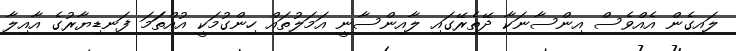
ލައިގެން އެއްވެސް އިންސާނަކާ ދޭތެރޭގައި ލާއިންސާނީ އަމަލުތައް ހިންގުމަކީ އުއްތަަމަ ފަނޑިޔާރުގެ އާއިލާ